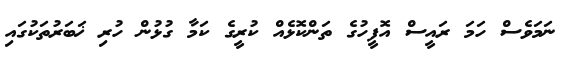
ނަމަވެސް ހަމަ ރައީސް އޮފީހުގެ ތަންކޮޅެއް ކުރީގެ ކަމާ ގުޅުން ހުރި ޚަބަރުތަކުގައި